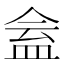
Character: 𥁧